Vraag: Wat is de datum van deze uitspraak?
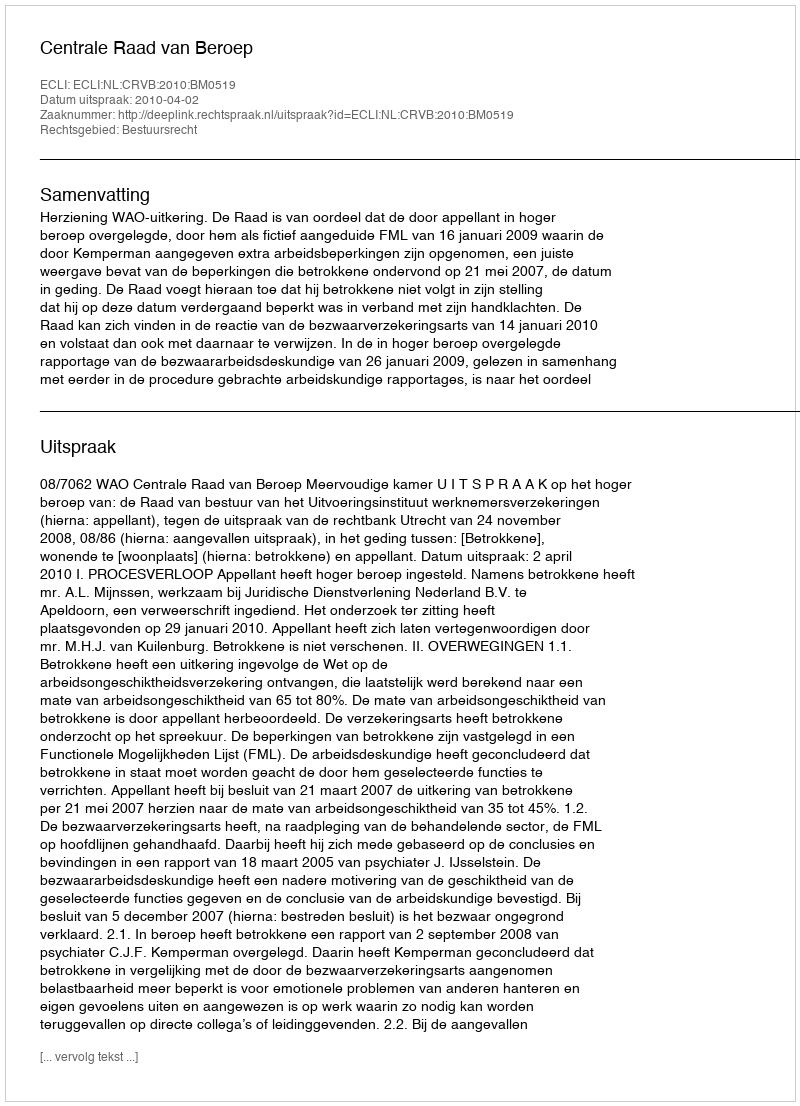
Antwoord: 2010-04-02